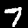
Label: 7